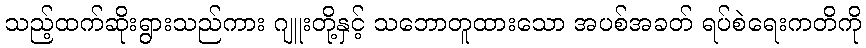
သည့်ထက်ဆိုးရွားသည်ကား ဂျူးတို့နှင့် သဘောတူထားသော အပစ်အခတ် ရပ်စဲရေးကတိကို